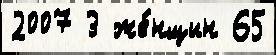
2007 3 же́нщин 65